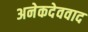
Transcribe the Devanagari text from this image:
अनेकदेववाद